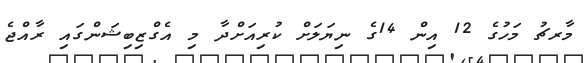
މާރޗު މަހުގެ 12 އިން 14ގެ ނިޔަލަށް ކުރިއަށްދާ މި އެގްޒިބިޝަންގައި ރާއްޖެ